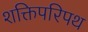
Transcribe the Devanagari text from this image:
शक्तिपरिपथ